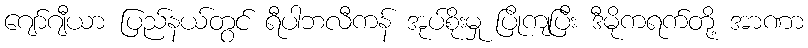
ဂျော်ဂျီယာ ပြည်နယ်တွင် ရီပါဘလီကန် အုပ်စိုးမှု ပြိုကျပြီး ဒီမိုကရက်တို့ အာဏာ